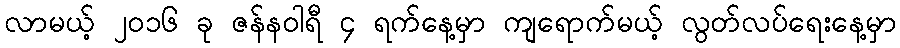
လာမယ့် ၂၀၁၆ ခု ဇန်နဝါရီ ၄ ရက်နေ့မှာ ကျရောက်မယ့် လွတ်လပ်ရေးနေ့မှာ